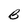
Character: B